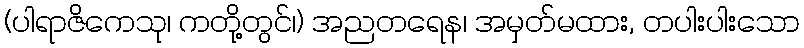
(ပါရာဇိကေသု၊ ကတို့တွင်၊) အညတရေန၊ အမှတ်မထား, တပါးပါးသော